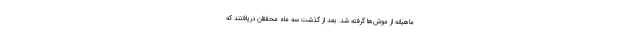
ماهیانه از موش‌ها گرفته شد. بعد از گذشت سه ماه محققان دریافتند که